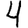
Digit: 4